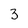
Character: 3